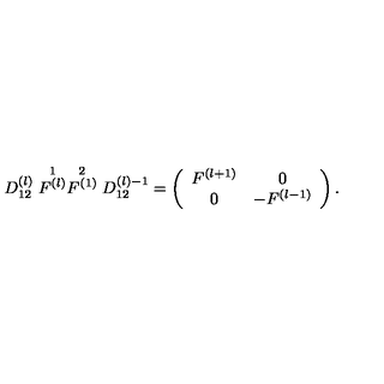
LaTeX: D _ { 1 2 } ^ { ( l ) } \stackrel { 1 } { F ^ { ( l ) } } \stackrel { 2 } { F ^ { ( 1 ) } } D _ { 1 2 } ^ { ( l ) - 1 } = \left( \begin{array} { c c } { F ^ { ( l + 1 ) } } & { 0 } \\ { 0 } & { - F ^ { ( l - 1 ) } } \\ \end{array} \right) .